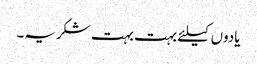
یادوں کیلئے بہت بہت شکریہ۔